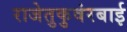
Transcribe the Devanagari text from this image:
राजेतुकुवंरबाई